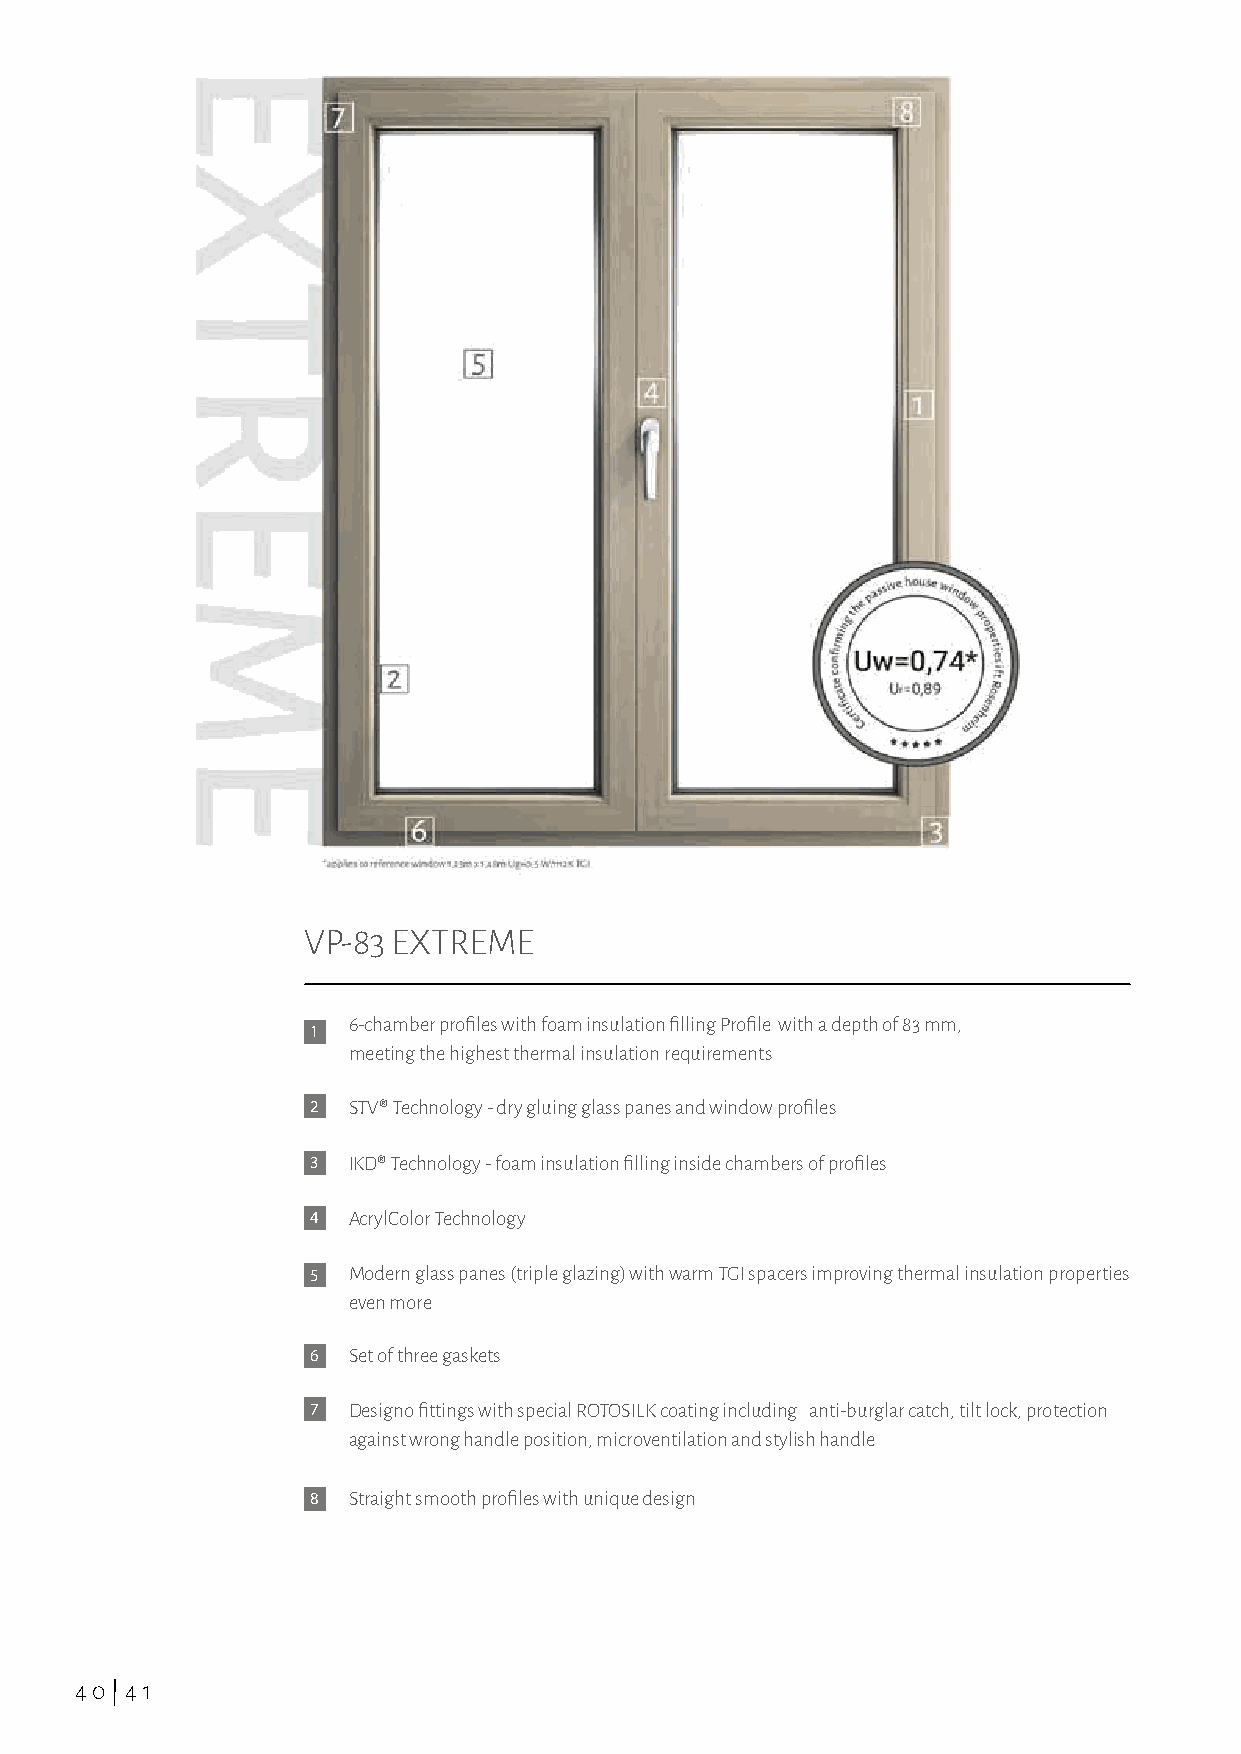
VP-83 EXTREME
 6-chamber profiles with foam insulation filling Profile with a depth of 83 mm,
 1
 meeting the highest thermal insulation requirements
 2 STV® Technology - dry gluing glass panes and window profiles
 3 IKD® Technology - foam insulation filling inside chambers of profiles
 4 AcrylColor Technology
 5 Modern glass panes (triple glazing) with warm TGI spacers improving thermal insulation properties
 even more
 6 Set of three gaskets
 7 Designo fittings with special ROTOSILK coating including anti-burglar catch, tilt lock, protection
 against wrong handle position, microventilation and stylish handle
 8 Straight smooth profiles with unique design
 40|41